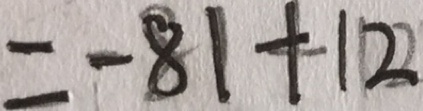
= - 8 1 + 1 2